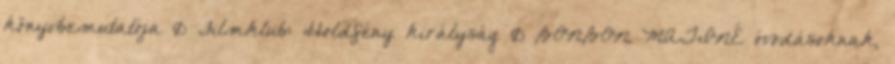
könyvbemutatója 0 Filmklub: Holdfény királyság 0 BONBON MATINÉ óvodásoknak,